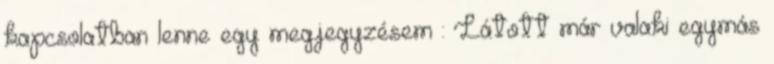
kapcsolatban lenne egy megjegyzésem : Látott már valaki egymás